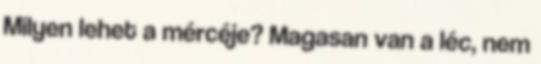
Milyen lehet a mércéje? Magasan van a léc, nem